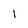
Character: 1